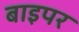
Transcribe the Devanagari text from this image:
बाइपर